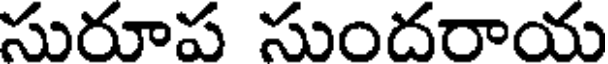
సురూప సుందరాయ